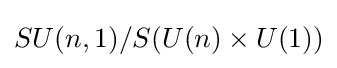
SU(n,1)/S(U(n)\times U(1))